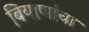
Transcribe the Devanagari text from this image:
बियाणांचा